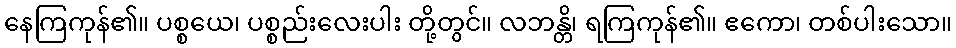
နေကြကုန်၏။ ပစ္စယေ၊ ပစ္စည်းလေးပါး တို့တွင်။ လဘန္တိ၊ ရကြကုန်၏။ ဧကော၊ တစ်ပါးသော။